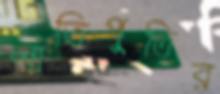
লাতিপুতির